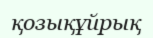
қозықұйрық